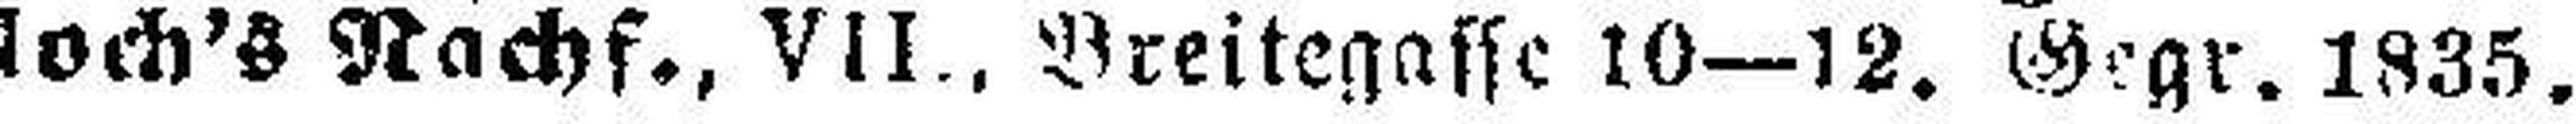
loch's Nachf., VII., Breitegasse 10—12. Gegr. 1835.